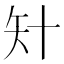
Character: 𥎧